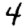
Digit: 4